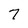
Character: 7